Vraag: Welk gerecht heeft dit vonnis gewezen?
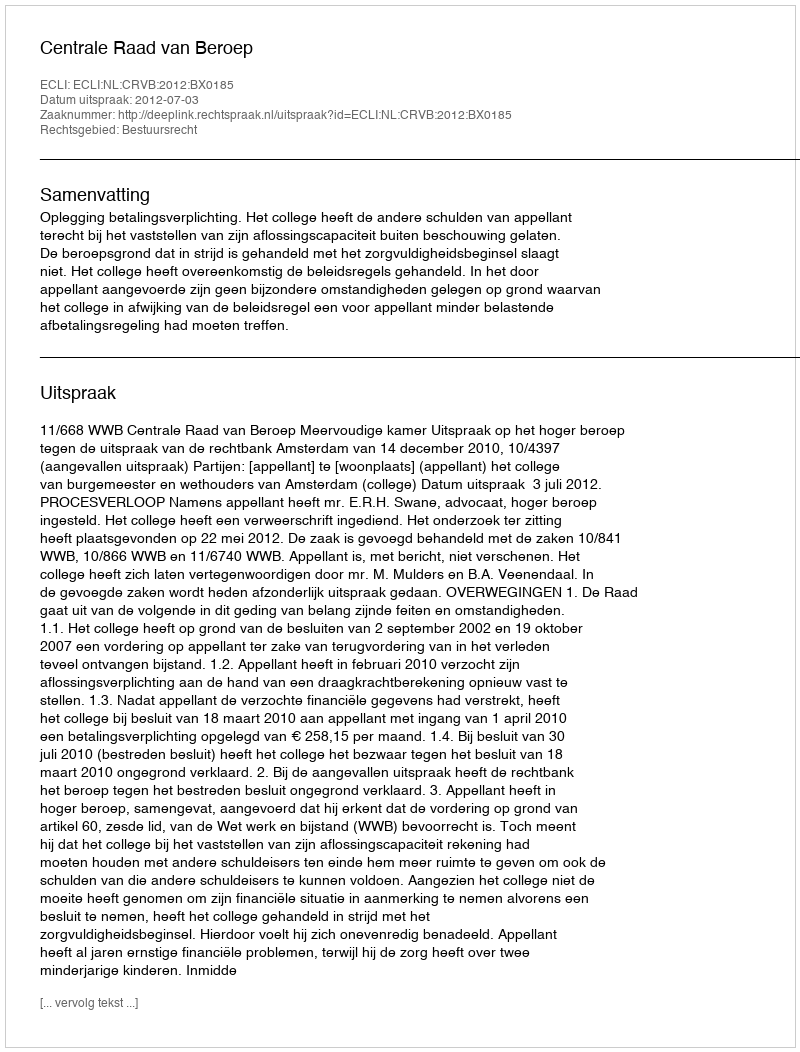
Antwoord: Centrale Raad van Beroep